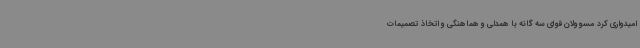
امیدواری کرد مسوولان قوای سه گانه با همدلی و هماهنگی و اتخاذ تصمیمات